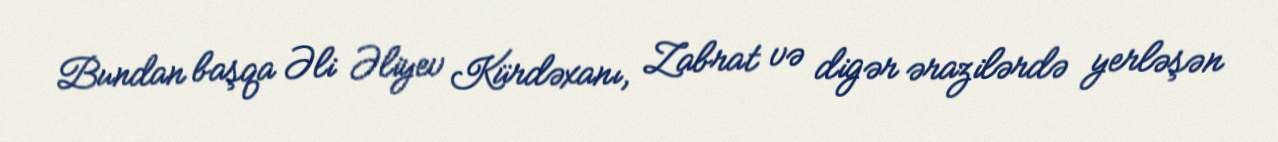
Bundan başqa Əli Əliyev Kürdəxanı, Zabrat və digər ərazilərdə yerləşən